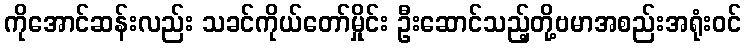
ကိုအောင်ဆန်းလည်း သခင်ကိုယ်တော်မှိုင်း ဦးဆောင်သည့်တို့ဗမာအစည်းအရုံးဝင်